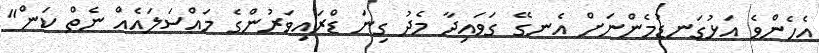
އެހެންވެ އަޅުގަނޑުމެންނަށް އެނގޭ ގަވައިދާ މެދު ގިނަ ޑްރައިވަރުންގެ މައްސަލައެއް ނެތް ކަން"